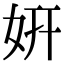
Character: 妍